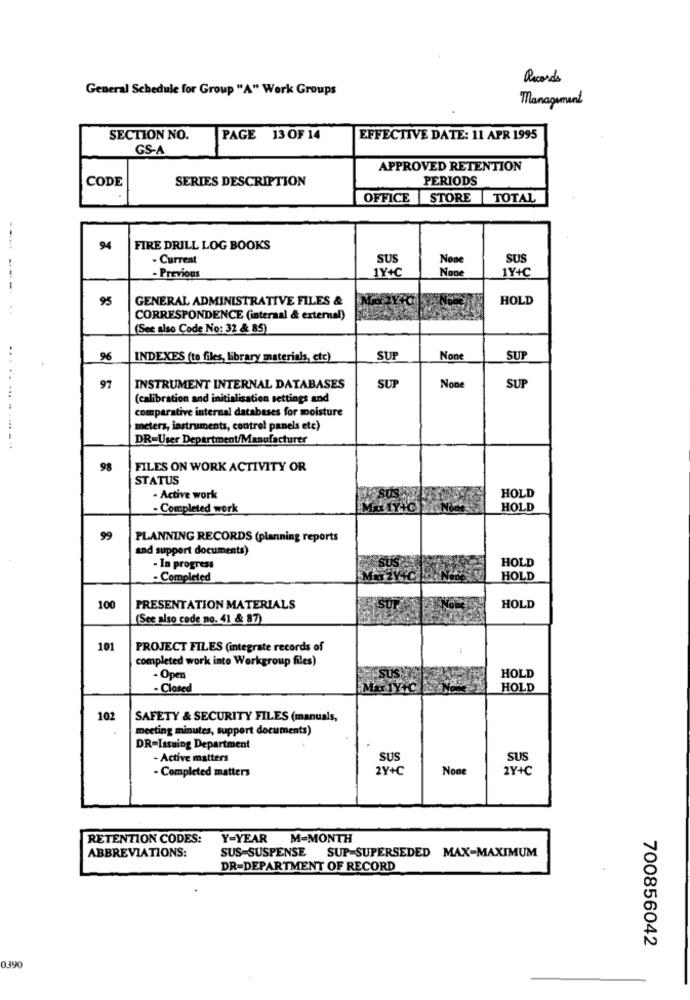
acords
General Schedule for Group "A" Work Groups
Management
SECTION NO.
PAGE 13 OF 14
EFFECTIVE DATE: 11 APR 1995
GS-A
APPROVED RETENTION
SERIES DESCRIPTION
PERIODS
CODE
OFFICE STORE |TOTAL
94
FIRE DRILL LOG BOOKS
- Current
SUS
SUS
1Y+C
1Y+C
- Previous
----
95
GENERAL ADMINISTRATIVE FILES &
HOLD
CORRESPONDENCE (internal & external)
(See also Code No: 32 & 85)
96
INDEXES (to files, library materials, etc)
SUP
SUP
....
97
INSTRUMENT INTERNAL DATABASES
SUP
SUP
(calibration and initialisation settings and
comparative internal databases for moisture
meters, instruments, control panels etc)
DR-User Department/Manufacturer
.... --- --.
98
FILES ON WORK ACTIVITY OR
STATUS
HOLD
- Active work
- Completed work
HOLD
99
PLANNING RECORDS (planning reports
and support documents)
HOLD
- In progress
- Completed
HOLD
100
PRESENTATION MATERIALS
HOLD
(See also code no. 41 & 87)
101
PROJECT FILES (integrate records of
completed work into Workgroup files)
- Open
HOLD
- Closed
HOLD
102
SAFETY & SECURITY FILES (manuals,
meeting minutes, support documents)
DR-Issuing Department
- Active matters
SUS
SUS
- Completed matters
2Y+C
2Y+C
RETENTION CODES:
Y-YEAR
M-MONTH
SUS SUSPENSE SUP-SUPERSEDED MAX-MAXIMUM
ABBREVIATIONS:
DR=DEPARTMENT OF RECORD
700856042
0390